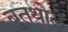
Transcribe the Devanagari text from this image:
बुतथोले